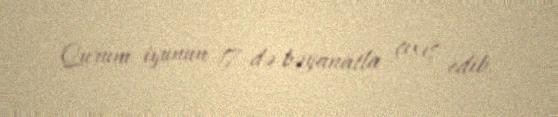
Qurum iyunun 17-də bəyanatla çıxış edib.